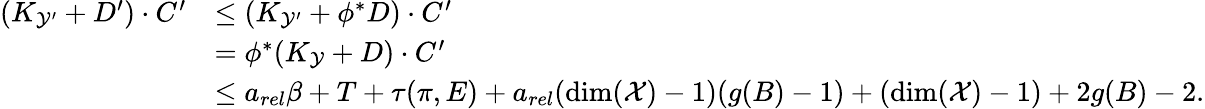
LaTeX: \begin{array}{rl}{(K_{\mathcal{Y^{\prime}}}+D^{\prime})\cdot C^{\prime}}&{\leq(K_{\mathcal{Y^{\prime}}}+\phi^{*}D)\cdot C^{\prime}}\\ &{=\phi^{*}(K_{\mathcal{Y}}+D)\cdot C^{\prime}}\\ &{\leq a_{rel}\beta+T+\tau(\pi,E)+a_{rel}(\dim(\mathcal{X})-1)(g(B)-1)+(\dim(\mathcal{X})-1)+2g(B)-2.}\end{array}